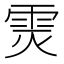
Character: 𲉳